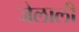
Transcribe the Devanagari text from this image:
जेलाली